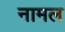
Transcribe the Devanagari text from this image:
नामल